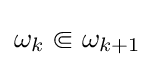
{\textstyle \omega _{k}\Subset \omega _{k+1}}